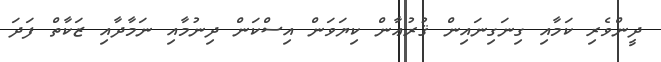
ދީންވެރި ކަމާއި ގިނަގިނައިން ޤުރުޢާން ކިޔަވަން އިސްކަން ދިނުމާއި ނަމާދާއި ޒަކާތް ފަދަ